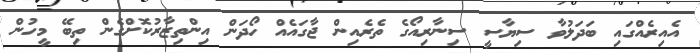
އެއިރެއްގައި ބަދަލުވާ ސިޔާސީ ސިނާރިއޯގެ ތެރެއިން ޖާގައެއް ހޯދަން އިންތިޒާރުކޮށްގެން ތިބޭ މީހުން